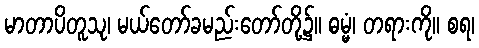
မာတာပိတူသု၊ မယ်တော်ခမည်းတော်တို့၌။ ဓမ္မံ၊ တရားကို။ စရ၊